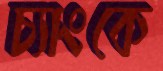
চ্যাংকে